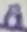
Text: 8